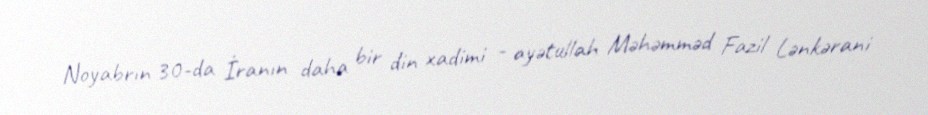
Noyabrın 30-da İranın daha bir din xadimi - ayətullah Məhəmməd Fazil Lənkərani